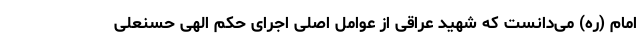
امام (ره) می‌دانست که شهید عراقی از عوامل اصلی اجرای حکم الهی حسنعلی